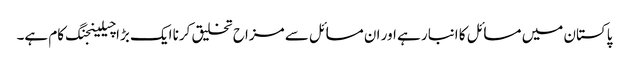
پاکستان میں مسائل کا انبار ہے اور ان مسائل سے مزاح تخلیق کرنا ایک بڑا چیلینجنگ کام ہے۔